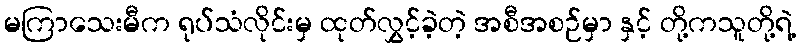
မကြာသေးမီက ရုပ်သံလိုင်းမှ ထုတ်လွှင့်ခဲ့တဲ့ အစီအစဉ်မှာ နှင့် တို့ကသူတို့ရဲ့